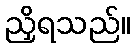
ညှိရသည်။